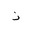
Letter: _thal